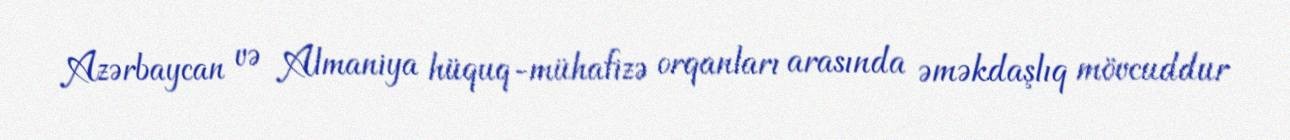
Azərbaycan və Almaniya hüquq-mühafizə orqanları arasında əməkdaşlıq mövcuddur